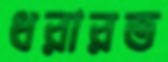
ধরারত